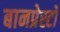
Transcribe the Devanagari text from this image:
बानप्रेस्टो